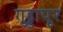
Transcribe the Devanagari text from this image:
गुड्डापूर